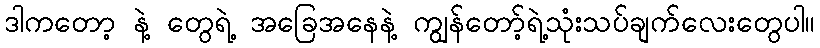
ဒါကတော့ နဲ့ တွေရဲ့ အခြေအနေနဲ့ ကျွန်တော့်ရဲ့သုံးသပ်ချက်လေးတွေပါ။